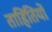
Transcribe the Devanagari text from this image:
ताहितियों